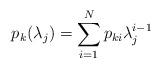
LaTeX: \begin{align*}p_k(\lambda_j)=\sum_{i=1}^N p_{ki}\lambda_j^{i-1}\end{align*}